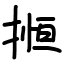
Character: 搄